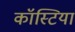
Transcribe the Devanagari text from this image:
कॉस्टिया